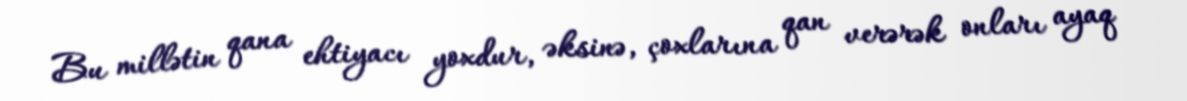
Bu millətin qana ehtiyacı yoxdur, əksinə, çoxlarına qan verərək onları ayaq